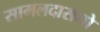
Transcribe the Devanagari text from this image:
सामलदासनो